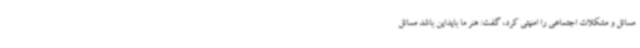
مسائل و مشکلات اجتماعی را امنیتی کرد، گفت: هنر ما بایداین باشد مسائل